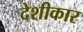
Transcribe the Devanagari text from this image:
देशीकार